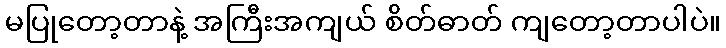
မပြုတော့တာနဲ့ အကြီးအကျယ် စိတ်ဓာတ် ကျတော့တာပါပဲ။